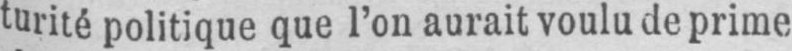
turité politique que l’on aurait voulu de prime